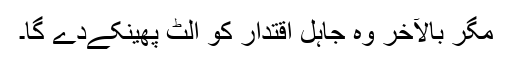
مگر بالآخر وہ جاہل اقتدار کو الٹ پھینکےدے گا۔